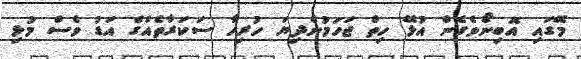
މޭގައި އޮބިނޯވެގެން އުޅޭ ހިތް ޖަހަމުންދިޔަ ހުރިހާ ސަކަރާތެއްގެ އަޑު ވެސް މުޅި